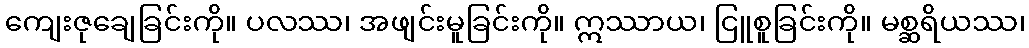
ကျေးဇုချေခြင်းကို။ ပလဿ၊ အဖျင်းမူခြင်းကို။ ဣဿာယ၊ ငြူစူခြင်းကို။ မစ္ဆရိယဿ၊